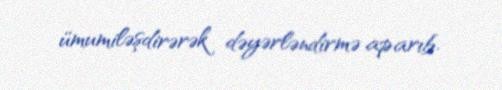
ümumiləşdirərək dəyərləndirmə aparıb.